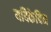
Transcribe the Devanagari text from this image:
यदिकेविन